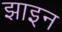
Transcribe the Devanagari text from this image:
झाइन